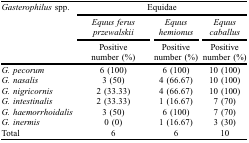
| Gasterophilus spp. | <COLSPAN=3> Equidae |
 |  | Equus ferus przewalskii | Equus hemionus | Equus caballus |
 |  | Positive number (%) | Positive number (%) | Positive number (%) |
 | --- | --- | --- | --- |
 | G. pecorum | 6 (100) | 6 (100) | 10 (100) |
 | G. nasalis | 3 (50) | 4 (66.67) | 10 (100) |
 | G. nigricornis | 2 (33.33) | 4 (66.67) | 10 (100) |
 | G. intestinalis | 2 (33.33) | 1 (16.67) | 7 (70) |
 | G. haemorrhoidalis | 3 (50) | 6 (100) | 7 (70) |
 | G. inermis | 0 (0) | 1 (16.67) | 3 (30) |
 | Total | 6 | 6 | 10 |